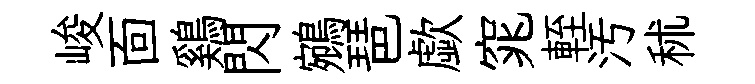
峻靣鷄閃鵷琶歔窕輊汚秫